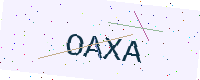
Text: OAXA